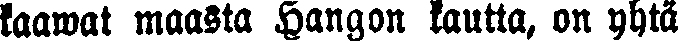
saawat maasta Hangon kautta, on yhtä